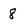
Character: 8